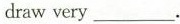
draw very___.